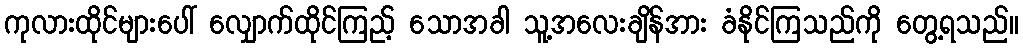
ကုလားထိုင်များပေါ် လျှောက်ထိုင်ကြည့် သောအခါ သူ့အလေးချိန်အား ခံနိုင်ကြသည်ကို တွေ့ရသည်။